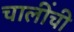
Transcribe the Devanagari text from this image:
चालींची